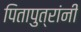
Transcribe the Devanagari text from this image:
पितापुत्रांनी